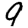
Digit: 9